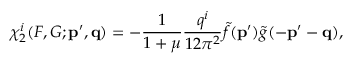
\chi _ { 2 } ^ { i } ( F , G ; { \bf p ^ { \prime } , q } ) = - \frac { 1 } { 1 + \mu } \frac { q ^ { i } } { 1 2 \pi ^ { 2 } } \tilde { f } ( { \bf p ^ { \prime } } ) \tilde { g } ( { \bf - p ^ { \prime } - q } ) ,